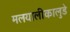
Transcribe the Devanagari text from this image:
मलयालीकालुडे